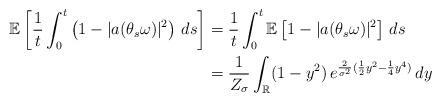
LaTeX: \begin{align*}\mathbb{E} \left[ \frac{1}{t} \int_0^t \left( 1 - | a(\theta_s \omega) |^2 \right) \, ds \right]&= \frac{1}{t} \int_0^t \mathbb{E} \left[ 1 - |a(\theta_s \omega) |^2 \right] \,ds \\&= \frac{1}{Z_\sigma} \int_{\mathbb{R}} (1 - y^2) \, e^{\frac{2}{\sigma^2}(\frac{1}{2} y^2 - \frac{1}{4} y^4) } \, dy\end{align*}